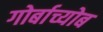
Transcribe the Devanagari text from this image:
गोर्बाच्योब